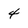
Character: 4